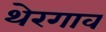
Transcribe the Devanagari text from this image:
थेरगाव